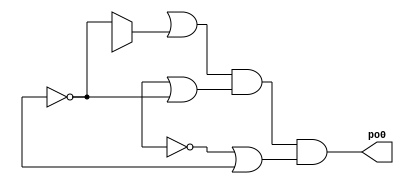
// Benchmark "invariant" written by ABC on Wed Jul  3 19:30:16 2024

module invariant ( 
    
    po0  );
  reg  pi0, pi1, pi2, pi3, pi4;
  output po0;
  assign po0 = (pi0 | (pi1 ? pi2 : ~pi4)) & (pi3 | ~pi4) & (~pi3 | pi4);
endmodule